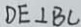
D E \bot B C